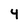
Character: 4